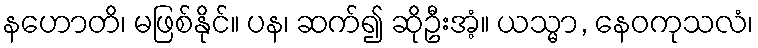
နဟောတိ၊ မဖြစ်နိုင်။ ပန၊ ဆက်၍ ဆိုဦးအံ့။ ယသ္မာ, နေဝကုသလံ၊